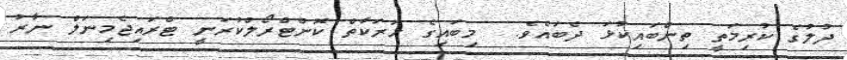
ދުލުގެ ކުރިމަތީ ތިންބައިކުޅަ ދެބައެވެ.  މިބައިގެ ހަރަކާތް ކޮންޓްރޯލްކުރަނީ ޓްރައިޖެމިނަލް ނާރު